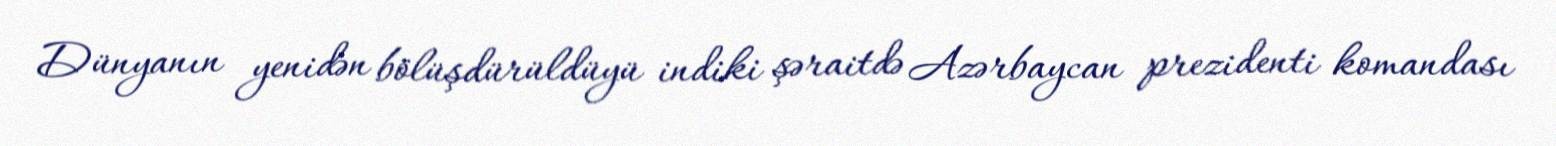
Dünyanın yenidən bölüşdürüldüyü indiki şəraitdə Azərbaycan prezidenti komandası